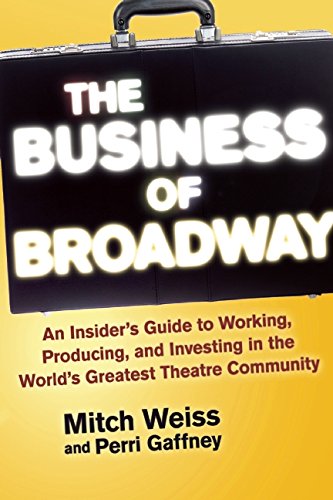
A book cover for The Business of Broadway: An InsiderEEs Guide to Working, Producing, and Investing in the WorldEEs Greatest Theatre Community; Mitch Weiss; Business & Money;